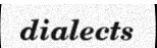
dialects